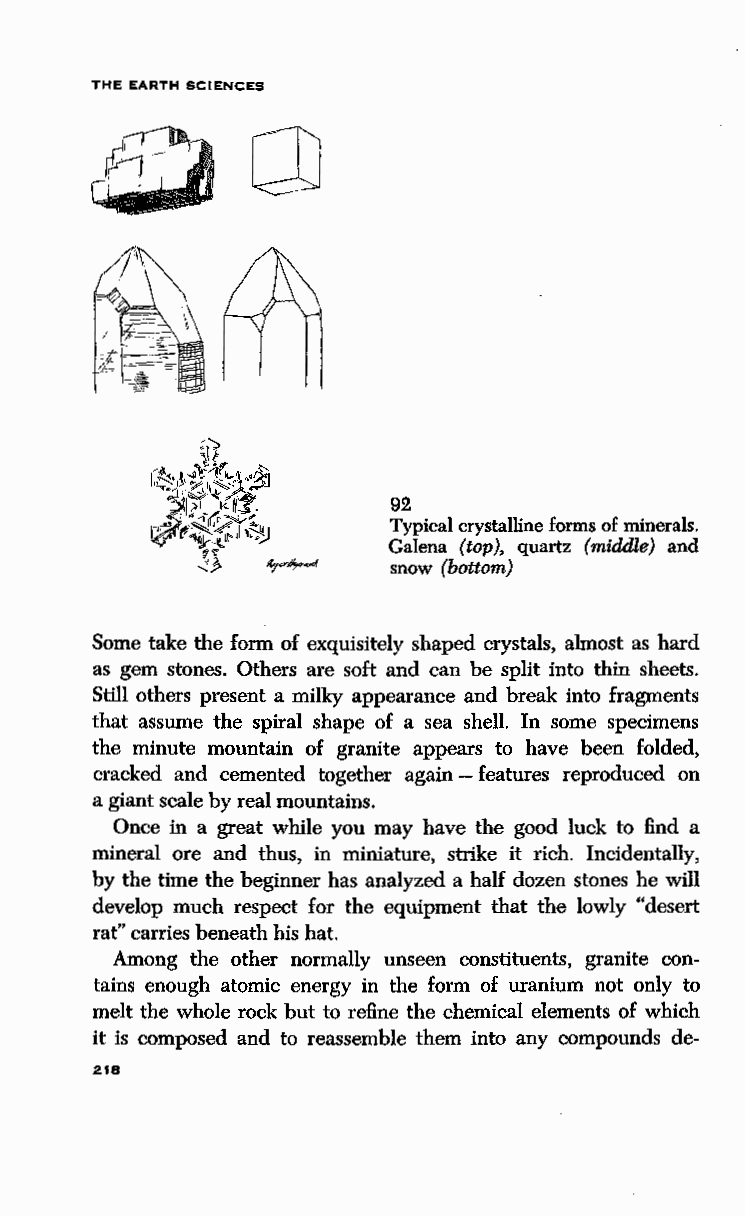
THE EARTH SCIENCES
 92
 Typical crystalline forms of minerals.
 Galena (top), quartz (middle) and
 snow (bottom)
 Some take the form of exquisitely shaped crystals, almost as hard
 as gem stones. Others are soft and can be split into thin sheets.
 Still others present a milky appearance and break into fragments
 that assume the spiral shape of a sea shell. In some specimens
 the minute mountain of granite appears to have been folded,
 cracked and cemented together again - features reproduced on
 a giant scale by real mountains.
 Once in a great while you may have the good luck to find a
 mineral ore and thus, in miniature, strike it rich. Incidentally,
 by the time the beginner has analyzed a half dozen stones he will
 develop much respect for the equipment that the lowly "desert
 rat" carries beneath his hat.
 Among the other normally unseen constituents, granite con
 tains enough atomic energy in the form of uranium not only to
 melt the whole rock but to refine the chemical elements of which
 it is composed and to reassemble them into any compounds de-
 218